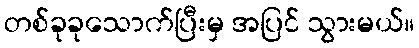
တစ်ခုခုသောက်ပြီးမှ အပြင် သွားမယ်။